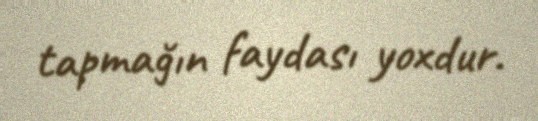
tapmağın faydası yoxdur.